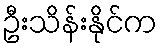
ဦးသိန်းနိုင်က